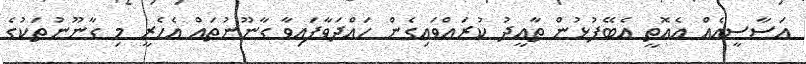
އަސާސީއެއް އެއޮތީ އެބޭފުޅުން ތާއީދު ކުރައްވައިގެން ހައްދަވާފައިވާ ގާނޫނުތައް އެހެރީ މި ގާނޫނުތަކުގެ